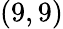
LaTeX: (9,9)